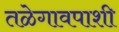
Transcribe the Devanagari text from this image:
तळेगावपाशी